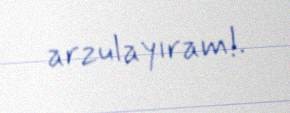
arzulayıram!.